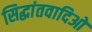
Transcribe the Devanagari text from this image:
सिद्धांतवादिओ